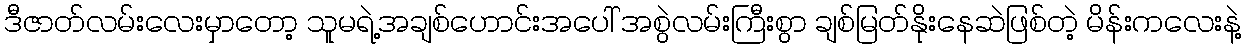
ဒီဇာတ်လမ်းလေးမှာတော့ သူမရဲ့အချစ်ဟောင်းအပေါ် အစွဲလမ်းကြီးစွာ ချစ်မြတ်နိုးနေဆဲဖြစ်တဲ့ မိန်းကလေးနဲ့